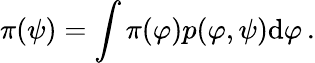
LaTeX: \pi(\psi)=\int\pi(\varphi)p(\varphi,\psi)\mathrm{d}\varphi\, .